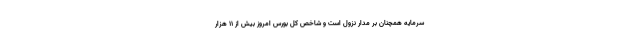
سرمایه همچنان بر مدار نزول است و شاخص کل بورس امروز بیش از ۱۱ هزار